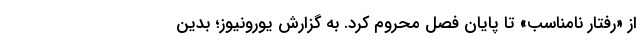
از «رفتار نامناسب» تا پایان فصل محروم کرد. به گزارش یورونیوز؛ بدین